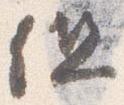
但